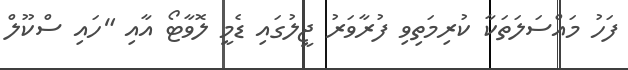
ފަހު މައްސަލަތަކާ ކުރިމަތިވި ފުރާވަރު ޖީލުގައި ޑެމީ ލޮވާޓޯ އާއި "ހައި ސްކޫލް